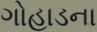
ગોહાડના